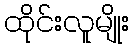
ထိုင်းလူမျိုး